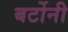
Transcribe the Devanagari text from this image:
बर्टोनी